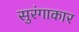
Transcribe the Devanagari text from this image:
सुरंगाकार